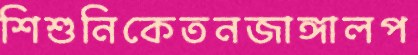
শিশুনিকেতনজাঙ্গালপ